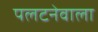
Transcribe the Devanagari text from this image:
पलटनेवाला